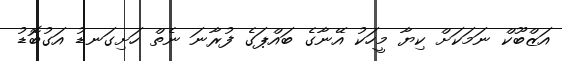
އަޒްބޫކް ނަމަކަށް ކިޔާ މީހަކު އޭނާގެ ބައްޕަގެ ފުރާނަ ނެތް ހަށިގަނޑު އަގުބޮޑު